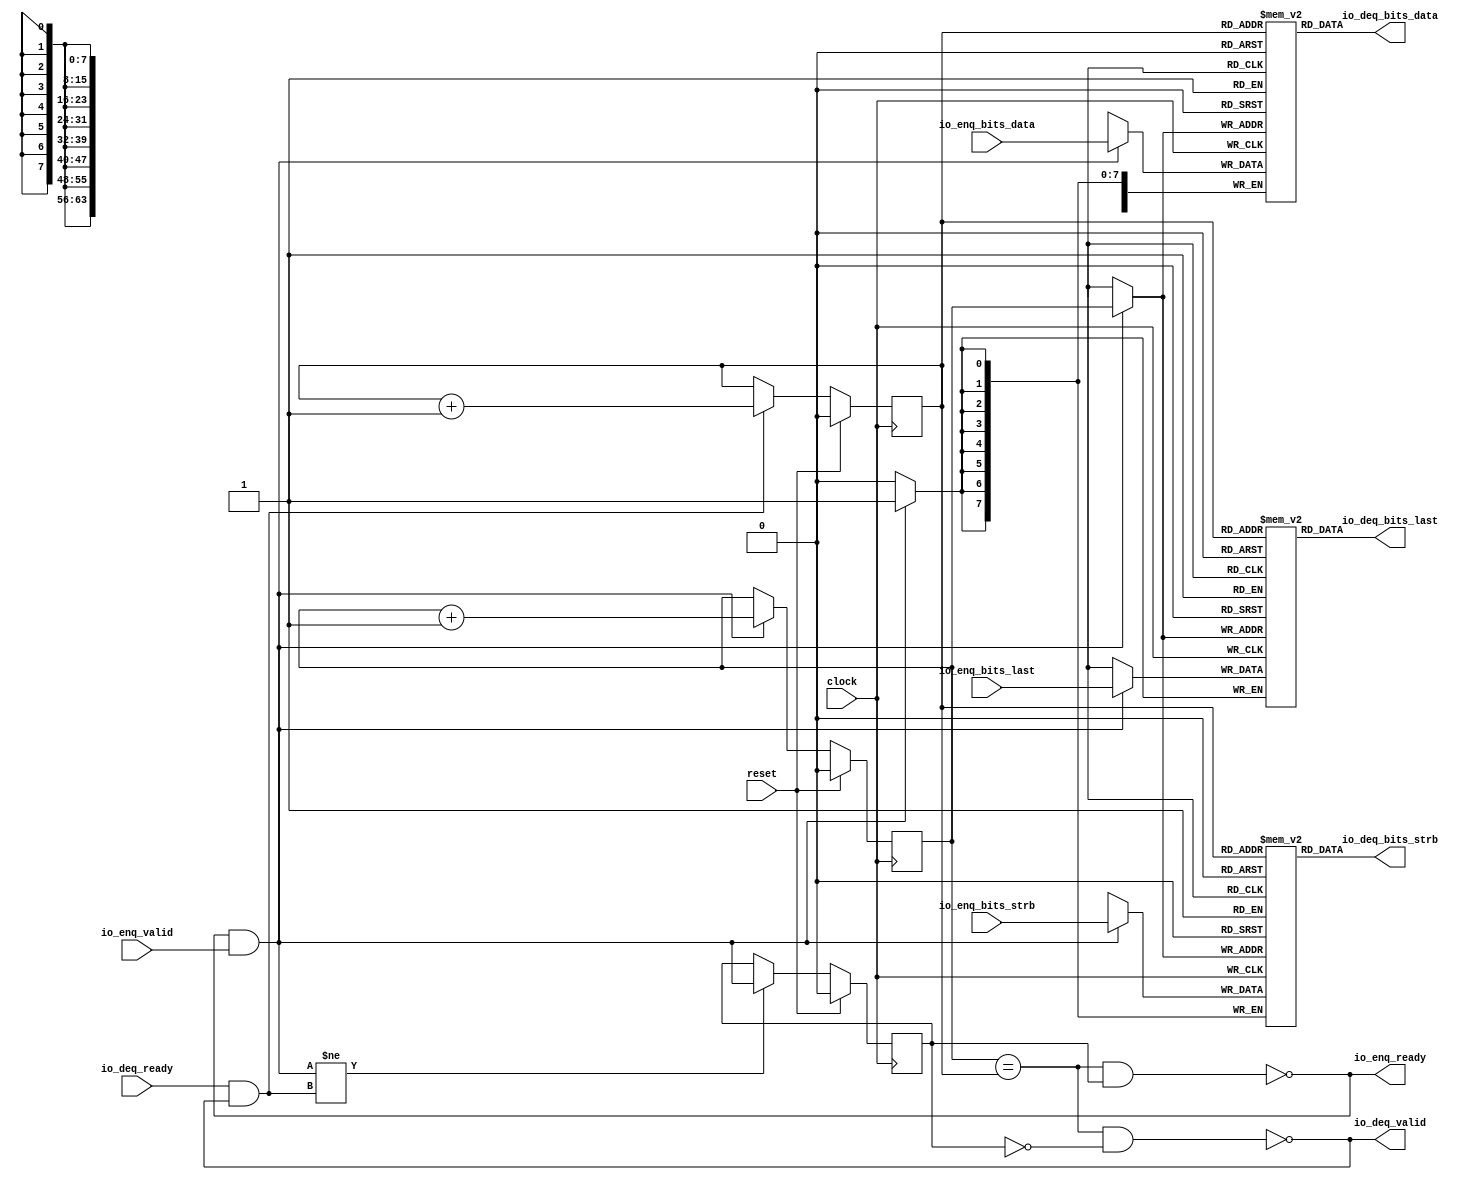
module Queue_1(
  input         clock,
  input         reset,
  output        io_enq_ready,
  input         io_enq_valid,
  input  [63:0] io_enq_bits_data,
  input  [7:0]  io_enq_bits_strb,
  input         io_enq_bits_last,
  input         io_deq_ready,
  output        io_deq_valid,
  output [63:0] io_deq_bits_data,
  output [7:0]  io_deq_bits_strb,
  output        io_deq_bits_last
);
`ifdef RANDOMIZE_MEM_INIT
  reg [63:0] _RAND_0;
  reg [31:0] _RAND_1;
  reg [31:0] _RAND_2;
`endif // RANDOMIZE_MEM_INIT
`ifdef RANDOMIZE_REG_INIT
  reg [31:0] _RAND_3;
  reg [31:0] _RAND_4;
  reg [31:0] _RAND_5;
`endif // RANDOMIZE_REG_INIT
  reg [63:0] ram_data [0:1]; // @[Decoupled.scala 218:16]
  wire [63:0] ram_data_io_deq_bits_MPORT_data; // @[Decoupled.scala 218:16]
  wire  ram_data_io_deq_bits_MPORT_addr; // @[Decoupled.scala 218:16]
  wire [63:0] ram_data_MPORT_data; // @[Decoupled.scala 218:16]
  wire  ram_data_MPORT_addr; // @[Decoupled.scala 218:16]
  wire  ram_data_MPORT_mask; // @[Decoupled.scala 218:16]
  wire  ram_data_MPORT_en; // @[Decoupled.scala 218:16]
  reg [7:0] ram_strb [0:1]; // @[Decoupled.scala 218:16]
  wire [7:0] ram_strb_io_deq_bits_MPORT_data; // @[Decoupled.scala 218:16]
  wire  ram_strb_io_deq_bits_MPORT_addr; // @[Decoupled.scala 218:16]
  wire [7:0] ram_strb_MPORT_data; // @[Decoupled.scala 218:16]
  wire  ram_strb_MPORT_addr; // @[Decoupled.scala 218:16]
  wire  ram_strb_MPORT_mask; // @[Decoupled.scala 218:16]
  wire  ram_strb_MPORT_en; // @[Decoupled.scala 218:16]
  reg  ram_last [0:1]; // @[Decoupled.scala 218:16]
  wire  ram_last_io_deq_bits_MPORT_data; // @[Decoupled.scala 218:16]
  wire  ram_last_io_deq_bits_MPORT_addr; // @[Decoupled.scala 218:16]
  wire  ram_last_MPORT_data; // @[Decoupled.scala 218:16]
  wire  ram_last_MPORT_addr; // @[Decoupled.scala 218:16]
  wire  ram_last_MPORT_mask; // @[Decoupled.scala 218:16]
  wire  ram_last_MPORT_en; // @[Decoupled.scala 218:16]
  reg  value; // @[Counter.scala 60:40]
  reg  value_1; // @[Counter.scala 60:40]
  reg  maybe_full; // @[Decoupled.scala 221:27]
  wire  ptr_match = value == value_1; // @[Decoupled.scala 223:33]
  wire  empty = ptr_match & (~maybe_full); // @[Decoupled.scala 224:25]
  wire  full = ptr_match & maybe_full; // @[Decoupled.scala 225:24]
  wire  do_enq = io_enq_ready & io_enq_valid; // @[Decoupled.scala 40:37]
  wire  do_deq = io_deq_ready & io_deq_valid; // @[Decoupled.scala 40:37]
  wire  _value_T_1 = value + 1'h1; // @[Counter.scala 76:24]
  wire  _value_1_T_1 = value_1 + 1'h1; // @[Counter.scala 76:24]
  wire  _T = do_enq != do_deq; // @[Decoupled.scala 236:16]
  assign ram_data_io_deq_bits_MPORT_addr = value_1;
  assign ram_data_io_deq_bits_MPORT_data = ram_data[ram_data_io_deq_bits_MPORT_addr]; // @[Decoupled.scala 218:16]
  assign ram_data_MPORT_data = io_enq_bits_data;
  assign ram_data_MPORT_addr = value;
  assign ram_data_MPORT_mask = 1'h1;
  assign ram_data_MPORT_en = io_enq_ready & io_enq_valid;
  assign ram_strb_io_deq_bits_MPORT_addr = value_1;
  assign ram_strb_io_deq_bits_MPORT_data = ram_strb[ram_strb_io_deq_bits_MPORT_addr]; // @[Decoupled.scala 218:16]
  assign ram_strb_MPORT_data = io_enq_bits_strb;
  assign ram_strb_MPORT_addr = value;
  assign ram_strb_MPORT_mask = 1'h1;
  assign ram_strb_MPORT_en = io_enq_ready & io_enq_valid;
  assign ram_last_io_deq_bits_MPORT_addr = value_1;
  assign ram_last_io_deq_bits_MPORT_data = ram_last[ram_last_io_deq_bits_MPORT_addr]; // @[Decoupled.scala 218:16]
  assign ram_last_MPORT_data = io_enq_bits_last;
  assign ram_last_MPORT_addr = value;
  assign ram_last_MPORT_mask = 1'h1;
  assign ram_last_MPORT_en = io_enq_ready & io_enq_valid;
  assign io_enq_ready = ~full; // @[Decoupled.scala 241:19]
  assign io_deq_valid = ~empty; // @[Decoupled.scala 240:19]
  assign io_deq_bits_data = ram_data_io_deq_bits_MPORT_data; // @[Decoupled.scala 242:15]
  assign io_deq_bits_strb = ram_strb_io_deq_bits_MPORT_data; // @[Decoupled.scala 242:15]
  assign io_deq_bits_last = ram_last_io_deq_bits_MPORT_data; // @[Decoupled.scala 242:15]
  always @(posedge clock) begin
    if(ram_data_MPORT_en & ram_data_MPORT_mask) begin
      ram_data[ram_data_MPORT_addr] <= ram_data_MPORT_data; // @[Decoupled.scala 218:16]
    end
    if(ram_strb_MPORT_en & ram_strb_MPORT_mask) begin
      ram_strb[ram_strb_MPORT_addr] <= ram_strb_MPORT_data; // @[Decoupled.scala 218:16]
    end
    if(ram_last_MPORT_en & ram_last_MPORT_mask) begin
      ram_last[ram_last_MPORT_addr] <= ram_last_MPORT_data; // @[Decoupled.scala 218:16]
    end
    if (reset) begin // @[Counter.scala 60:40]
      value <= 1'h0; // @[Counter.scala 60:40]
    end else if (do_enq) begin // @[Decoupled.scala 229:17]
      value <= _value_T_1; // @[Counter.scala 76:15]
    end
    if (reset) begin // @[Counter.scala 60:40]
      value_1 <= 1'h0; // @[Counter.scala 60:40]
    end else if (do_deq) begin // @[Decoupled.scala 233:17]
      value_1 <= _value_1_T_1; // @[Counter.scala 76:15]
    end
    if (reset) begin // @[Decoupled.scala 221:27]
      maybe_full <= 1'h0; // @[Decoupled.scala 221:27]
    end else if (_T) begin // @[Decoupled.scala 236:28]
      maybe_full <= do_enq; // @[Decoupled.scala 237:16]
    end
  end
// Register and memory initialization
`ifdef RANDOMIZE_GARBAGE_ASSIGN
`define RANDOMIZE
`endif
`ifdef RANDOMIZE_INVALID_ASSIGN
`define RANDOMIZE
`endif
`ifdef RANDOMIZE_REG_INIT
`define RANDOMIZE
`endif
`ifdef RANDOMIZE_MEM_INIT
`define RANDOMIZE
`endif
`ifndef RANDOM
`define RANDOM $random
`endif
`ifdef RANDOMIZE_MEM_INIT
  integer initvar;
`endif
`ifndef SYNTHESIS
`ifdef FIRRTL_BEFORE_INITIAL
`FIRRTL_BEFORE_INITIAL
`endif
initial begin
  `ifdef RANDOMIZE
    `ifdef INIT_RANDOM
      `INIT_RANDOM
    `endif
    `ifndef VERILATOR
      `ifdef RANDOMIZE_DELAY
        #`RANDOMIZE_DELAY begin end
      `else
        #0.002 begin end
      `endif
    `endif
`ifdef RANDOMIZE_MEM_INIT
  _RAND_0 = {2{`RANDOM}};
  for (initvar = 0; initvar < 2; initvar = initvar+1)
    ram_data[initvar] = _RAND_0[63:0];
  _RAND_1 = {1{`RANDOM}};
  for (initvar = 0; initvar < 2; initvar = initvar+1)
    ram_strb[initvar] = _RAND_1[7:0];
  _RAND_2 = {1{`RANDOM}};
  for (initvar = 0; initvar < 2; initvar = initvar+1)
    ram_last[initvar] = _RAND_2[0:0];
`endif // RANDOMIZE_MEM_INIT
`ifdef RANDOMIZE_REG_INIT
  _RAND_3 = {1{`RANDOM}};
  value = _RAND_3[0:0];
  _RAND_4 = {1{`RANDOM}};
  value_1 = _RAND_4[0:0];
  _RAND_5 = {1{`RANDOM}};
  maybe_full = _RAND_5[0:0];
`endif // RANDOMIZE_REG_INIT
  `endif // RANDOMIZE
end // initial
`ifdef FIRRTL_AFTER_INITIAL
`FIRRTL_AFTER_INITIAL
`endif
`endif // SYNTHESIS
endmodule